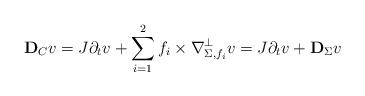
LaTeX: \begin{align*}\mathbf D_Cv &=J\partial_tv +\sum_{i=1}^2f_i\times \nabla_{\Sigma,f_i} ^\perp v=J\partial_tv+\mathbf D_{\Sigma} v\end{align*}